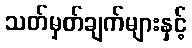
သတ်မှတ်ချက်များနှင့်